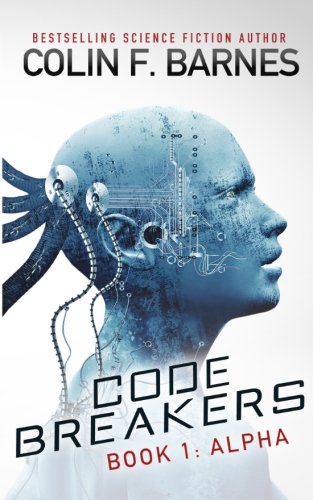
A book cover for Code Breakers: Alpha (Volume 1); Colin F. Barnes; Science Fiction & Fantasy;